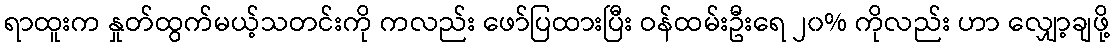
ရာထူးက နှုတ်ထွက်မယ့်သတင်းကို ကလည်း ဖော်ပြထားပြီး ဝန်ထမ်းဦးရေ ၂၀% ကိုလည်း ဟာ လျှော့ချဖို့